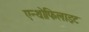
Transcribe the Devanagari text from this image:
एन्थोफिलाइट